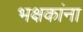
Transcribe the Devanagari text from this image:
भक्षकांना